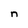
Character: n